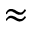
\approx